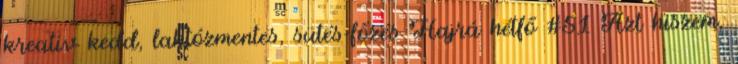
kreatív kedd, laktózmentes, sütés-főzés Hajrá hétfő #51 Azt hiszem,